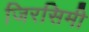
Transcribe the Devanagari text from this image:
जिरसिमी